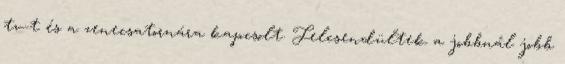
tv-t és a zenecsatornára kapcsolt. Felcsendültek a jobbnál jobb